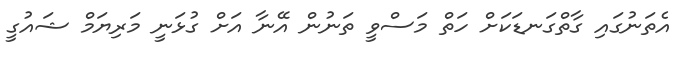
އެތަނުގައި ގާތްގަނޑަކަށް ހަތް މަސްވީ ތަނުން އޭނާ އަށް ގުޅަނީ މަރިޔަމް ޝައުގީ